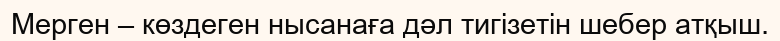
Мерген – көздеген нысанаға дәл тигізетін шебер атқыш.